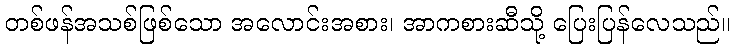
တစ်ဖန်အသစ်ဖြစ်သော အလောင်းအစား၊ အာကစားဆီသို့ ပြေးပြန်လေသည်။